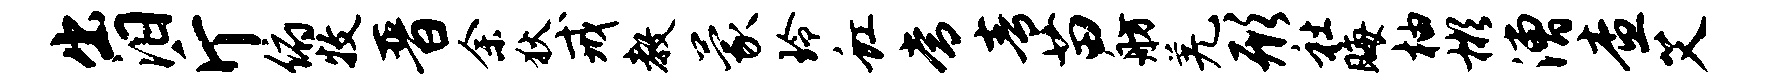
出汨斤俯牧晋余狄戒教蒙玲虹常青苗舫羌形社晦柚彬漕查艾